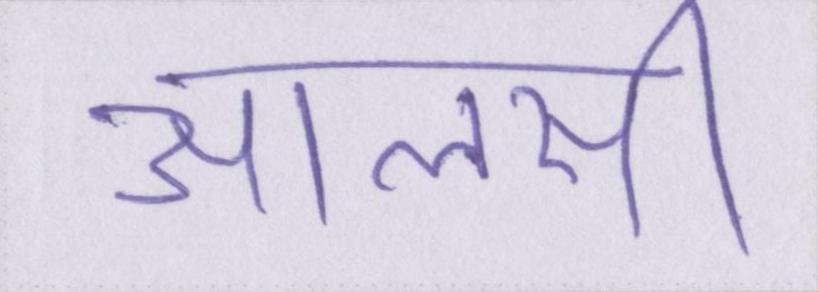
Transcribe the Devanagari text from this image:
आलसी